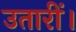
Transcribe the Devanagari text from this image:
उतारीं।